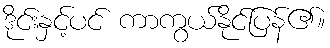
ဒိုင်းနှင့်ပင် ကာကွယ်နိုင်ပြန်၏။